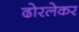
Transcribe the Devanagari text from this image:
ढोरलेकर